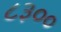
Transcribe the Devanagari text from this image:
८३००